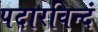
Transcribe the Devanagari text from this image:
पदारविन्दं